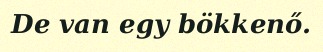
De van egy bökkenő.